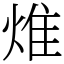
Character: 焳